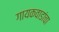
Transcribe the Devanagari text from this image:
गायकवाडांचा